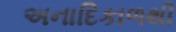
અનાદિકાળથી